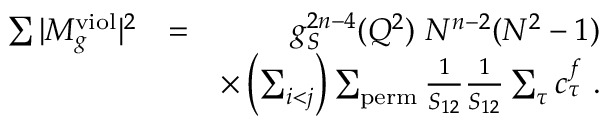
\begin{array} { r l r } { \sum \vert M _ { g } ^ { \mathrm { v i o l } } \vert ^ { 2 } } & { = } & { g _ { S } ^ { 2 n - 4 } ( Q ^ { 2 } ) ~ N ^ { n - 2 } ( N ^ { 2 } - 1 ) } \\ & { } & { \times \left( \sum _ { i < j } \right) \sum _ { \mathrm { p e r m } } \frac { 1 } { S _ { 1 2 } } \frac { 1 } { S _ { 1 2 } } \sum _ { \tau } c _ { \tau } ^ { f } ~ . } \end{array}